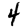
Digit: 4